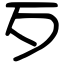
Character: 歹